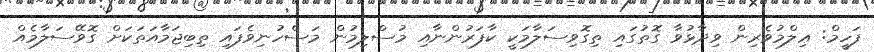
ފަހީމް: ޢިލްމުވެރިން ވިދާޅުވާ ގޮތުގައި ތިގޮވިސަލާމަކީ ކާފަރުންނާއި މުސްލިމުން މަސްހުނިވެފައި ތިބިޖަމާއަތަކަށް ގޮވޭސަލާމެއް